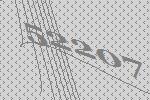
52207